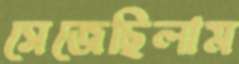
সেজেছিলাম